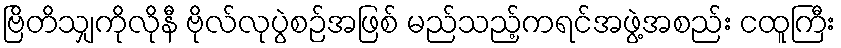
ဗြိတိသျှကိုလိုနီ ဗိုလ်လုပွဲစဉ်အဖြစ် မည်သည့်ကရင်အဖွဲ့အစည်း ငထူကြီး